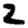
Digit: 2